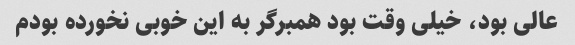
عالی بود، خیلی وقت بود همبرگر به این خوبی نخورده بودم